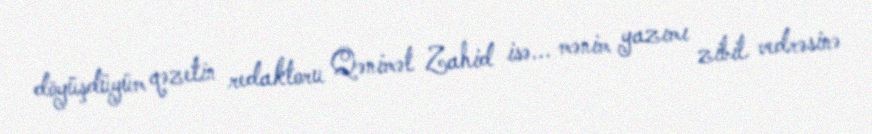
döyüşdüyüm qəzetin redaktoru Qənimət Zahid isə... mənim yazımı zibil vedrəsinə